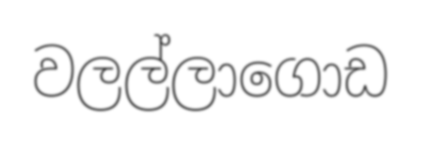
වලල්ලාගොඩ